Vaccination in the Punjab 1883-1896 - 1883-1896
Year: 1883
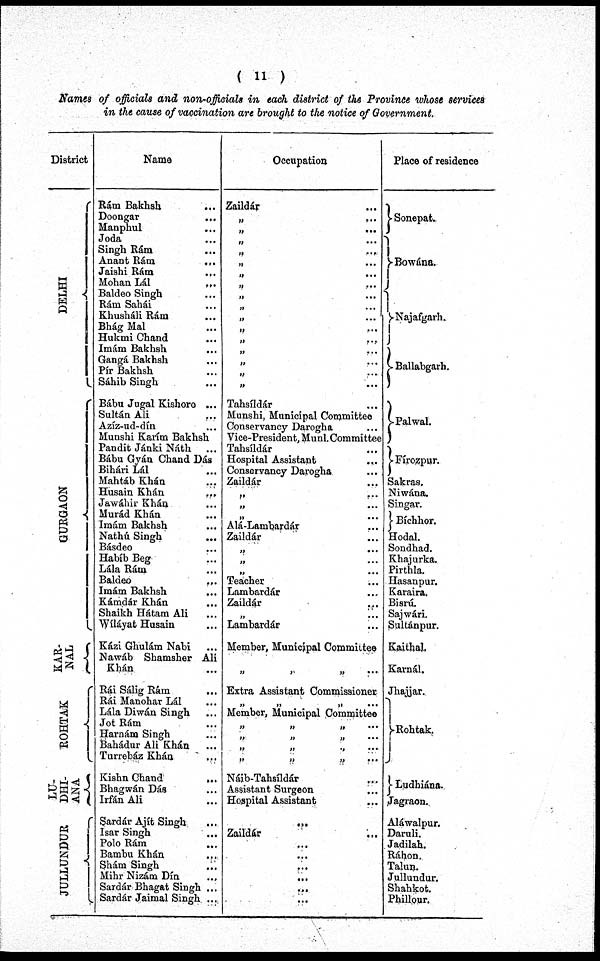
( 11 )
Names of officials and non-officials in each distinct of the Province whose services
in the cause of vaccination are brought to the notice of Government.
District
DELHI
GURGAON
KAR¬
NAL
ROHTAK
LU¬
DHI¬
ANA
JULLUNDUR
Name
Rám Bakhsh ...
Doongar ...
Manphul ...
Joda ...
Singh Rám ...
Anant Rám
...
Jaishi Rám ...
Mohan Lál
...
Baldeo Singh ...
Rám Sahái ...
Khusháli Rám ...
Bhág Mal ...
Hukmi Chand ...
Imám Bakhsh ...
Gangá Bakhsh ...
Pír Bakhsh ...
Sáhib Singh ...
Bábu Jugal Kishore ...
Sultán Ali ...
Azíz-ud-dín ...
Munshi Karím Bakhsh
Pandit Jánki Náth ...
Bábu Gyán Chand Dás
Bihári Lál ...
Mahtáb Khán ...
Husain Khán
...
Jawáhir Khán ...
Murád Khán ...
Imám Bakhsh ...
Nathú Singh ...
Básdeo ...
Habíb Beg ...
Lála Rám ...
Baldeo
...
Imám Bakhsh ...
Kámdár Khán ...
Shaikh Hátam Ali ...
Wíláyat Husain ...
Kázi Ghulám Nabi ...
Nawáb Shamsher Ali
Khán
Rái Sálig Rám ...
Rái Manohar Lál ...
Lála Diwán Singh ...
Jot Rám ...
Harnám Singh ...
Bahádur Ali Khán
...
Turrebáz Khán ...
Kishn Chand
...
Bhagwán Dás ...
Irfán Ali ...
Sardár Ajít Singh ...
Isar Singh ...
Polo Rám
...
Bambu Khán ...
Shám Singh ...
Mihr Nizám Dím ...
Sardár Bhagat Singh ...
Sardár Jaimal Singh ...
Occupation
Zaildár ...
„
...
„
...
„
...
„
...
„
...
„
...
„
...
„
...
„
...
„
...
„
...
„
...
„
...
„
...
„
...
„
...
Tahsíldár ...
Munshi, Municipal Committee ...
Conservancy Darogha ...
Vice-President, Munl. Committee
Tahsíldár ...
Hospital Assistant ...
Conservancy Darogha ...
Zaildár ...
„
...
„
...
„ ...
Alá-Lambardár ...
Zaildár ...
„
...
„
...
„
...
Teacher ...
Lambardár ...
Zaildár ...
„
...
Lambardár ...
Member, Municipal Committee
„
„
„
...
Extra Assistant Commissioner
„
„
„
...
Member, Municipal Committee
„
„
„
...
„
„
„
...
„
„
„
...
„
„
„
...
Nájb-Tahsíldár ...
Assistant Surgeon ...
Hospital Assistant ...
...
Zaildár ...
...
...
...
...
...
...
Place of residence
Sonepat.
Bowána.
Najafgarh.
Ballabgarh.
Palwal.
Fírozpur.
Sakras,
Niwána.
Singar.
Bíchhor.
Hodal.
Sondhad.
Khajurka.
Pirthla.
Hasanpur.
Karaira.
Bisrú.
Sajwári.
Sultánpur.
Kaithal.
Karnál.
Jhajjar.
Rohtak.
Ludhiána.
Jagraon.
Aláwalpur.
Daruli.
Jadilah.
Ráhon.
Talun.
Jullundur.
Shahkot.
Phillpur.